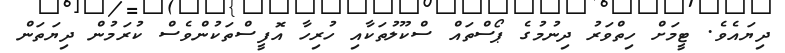
ދިޔައެވެ. ޓީމަށް ހިތްވަރު ދިނުމުގެ ޕޯސްތައް ސްކޫލުތަކާއި ހުރިހާ އޮފީސްތަކުންވެސް ކުރަމުން ދިޔަތަން